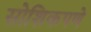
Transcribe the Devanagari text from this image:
सोशिकपणे